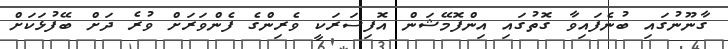
ގާނޫނުގައި ބުނެފައިވާ ގޮތުގައި އިންފޮމޭޝަން އޮފިސަރަކީ ވެރިންގެ ފެންވަރަށް ވުރެ ދަށް ބޭފުޅަކަށް